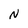
Character: N